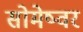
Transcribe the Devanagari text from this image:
सोमेष्वर